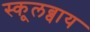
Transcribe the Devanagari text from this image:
स्कूलब्वाय